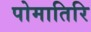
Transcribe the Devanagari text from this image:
पोमातिरि